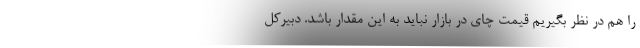
را هم در نظر بگیریم قیمت چای در بازار نباید به این مقدار باشد. دبیرکل